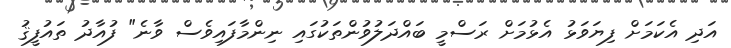
އަދި އެކަމަށް ފިޔަވަޅު އެޅުމަށް ރަސްމީ ބައްދަލުވުންތަކުގައި ނިންމާފައިވެސް ވާނެ" ފުއާދު ތައުފީޤު